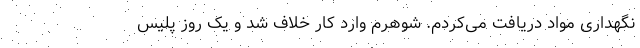
نگهداری مواد دریافت می‌کردم. شوهرم وارد کار خلاف شد و یک روز پلیس